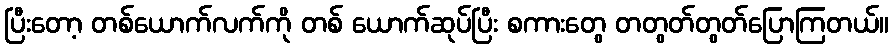
ပြီးတော့ တစ်ယောက်လက်ကို တစ် ယောက်ဆုပ်ပြီး စကားတွေ တတွတ်တွတ်ပြောကြတယ်။